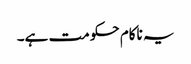
یہ ناکام حکومت ہے۔